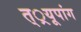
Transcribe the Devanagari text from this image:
त््रयूपांग